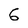
Character: 6